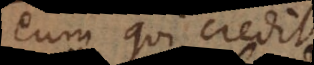
eum qui credit.